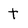
Character: t